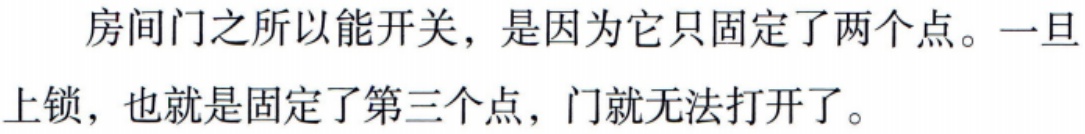
房间门之所以能开关，是因为它只固定了两个点。一旦上锁，也就是固定了第三个点，门就无法打开了。